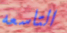
التاسعه